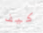
كيف